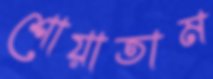
শোয়াতাম